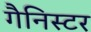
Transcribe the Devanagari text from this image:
गैनिस्टर